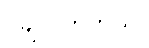
ငိုချလိုက်တယ်။